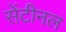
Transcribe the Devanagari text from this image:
सेंटीनल